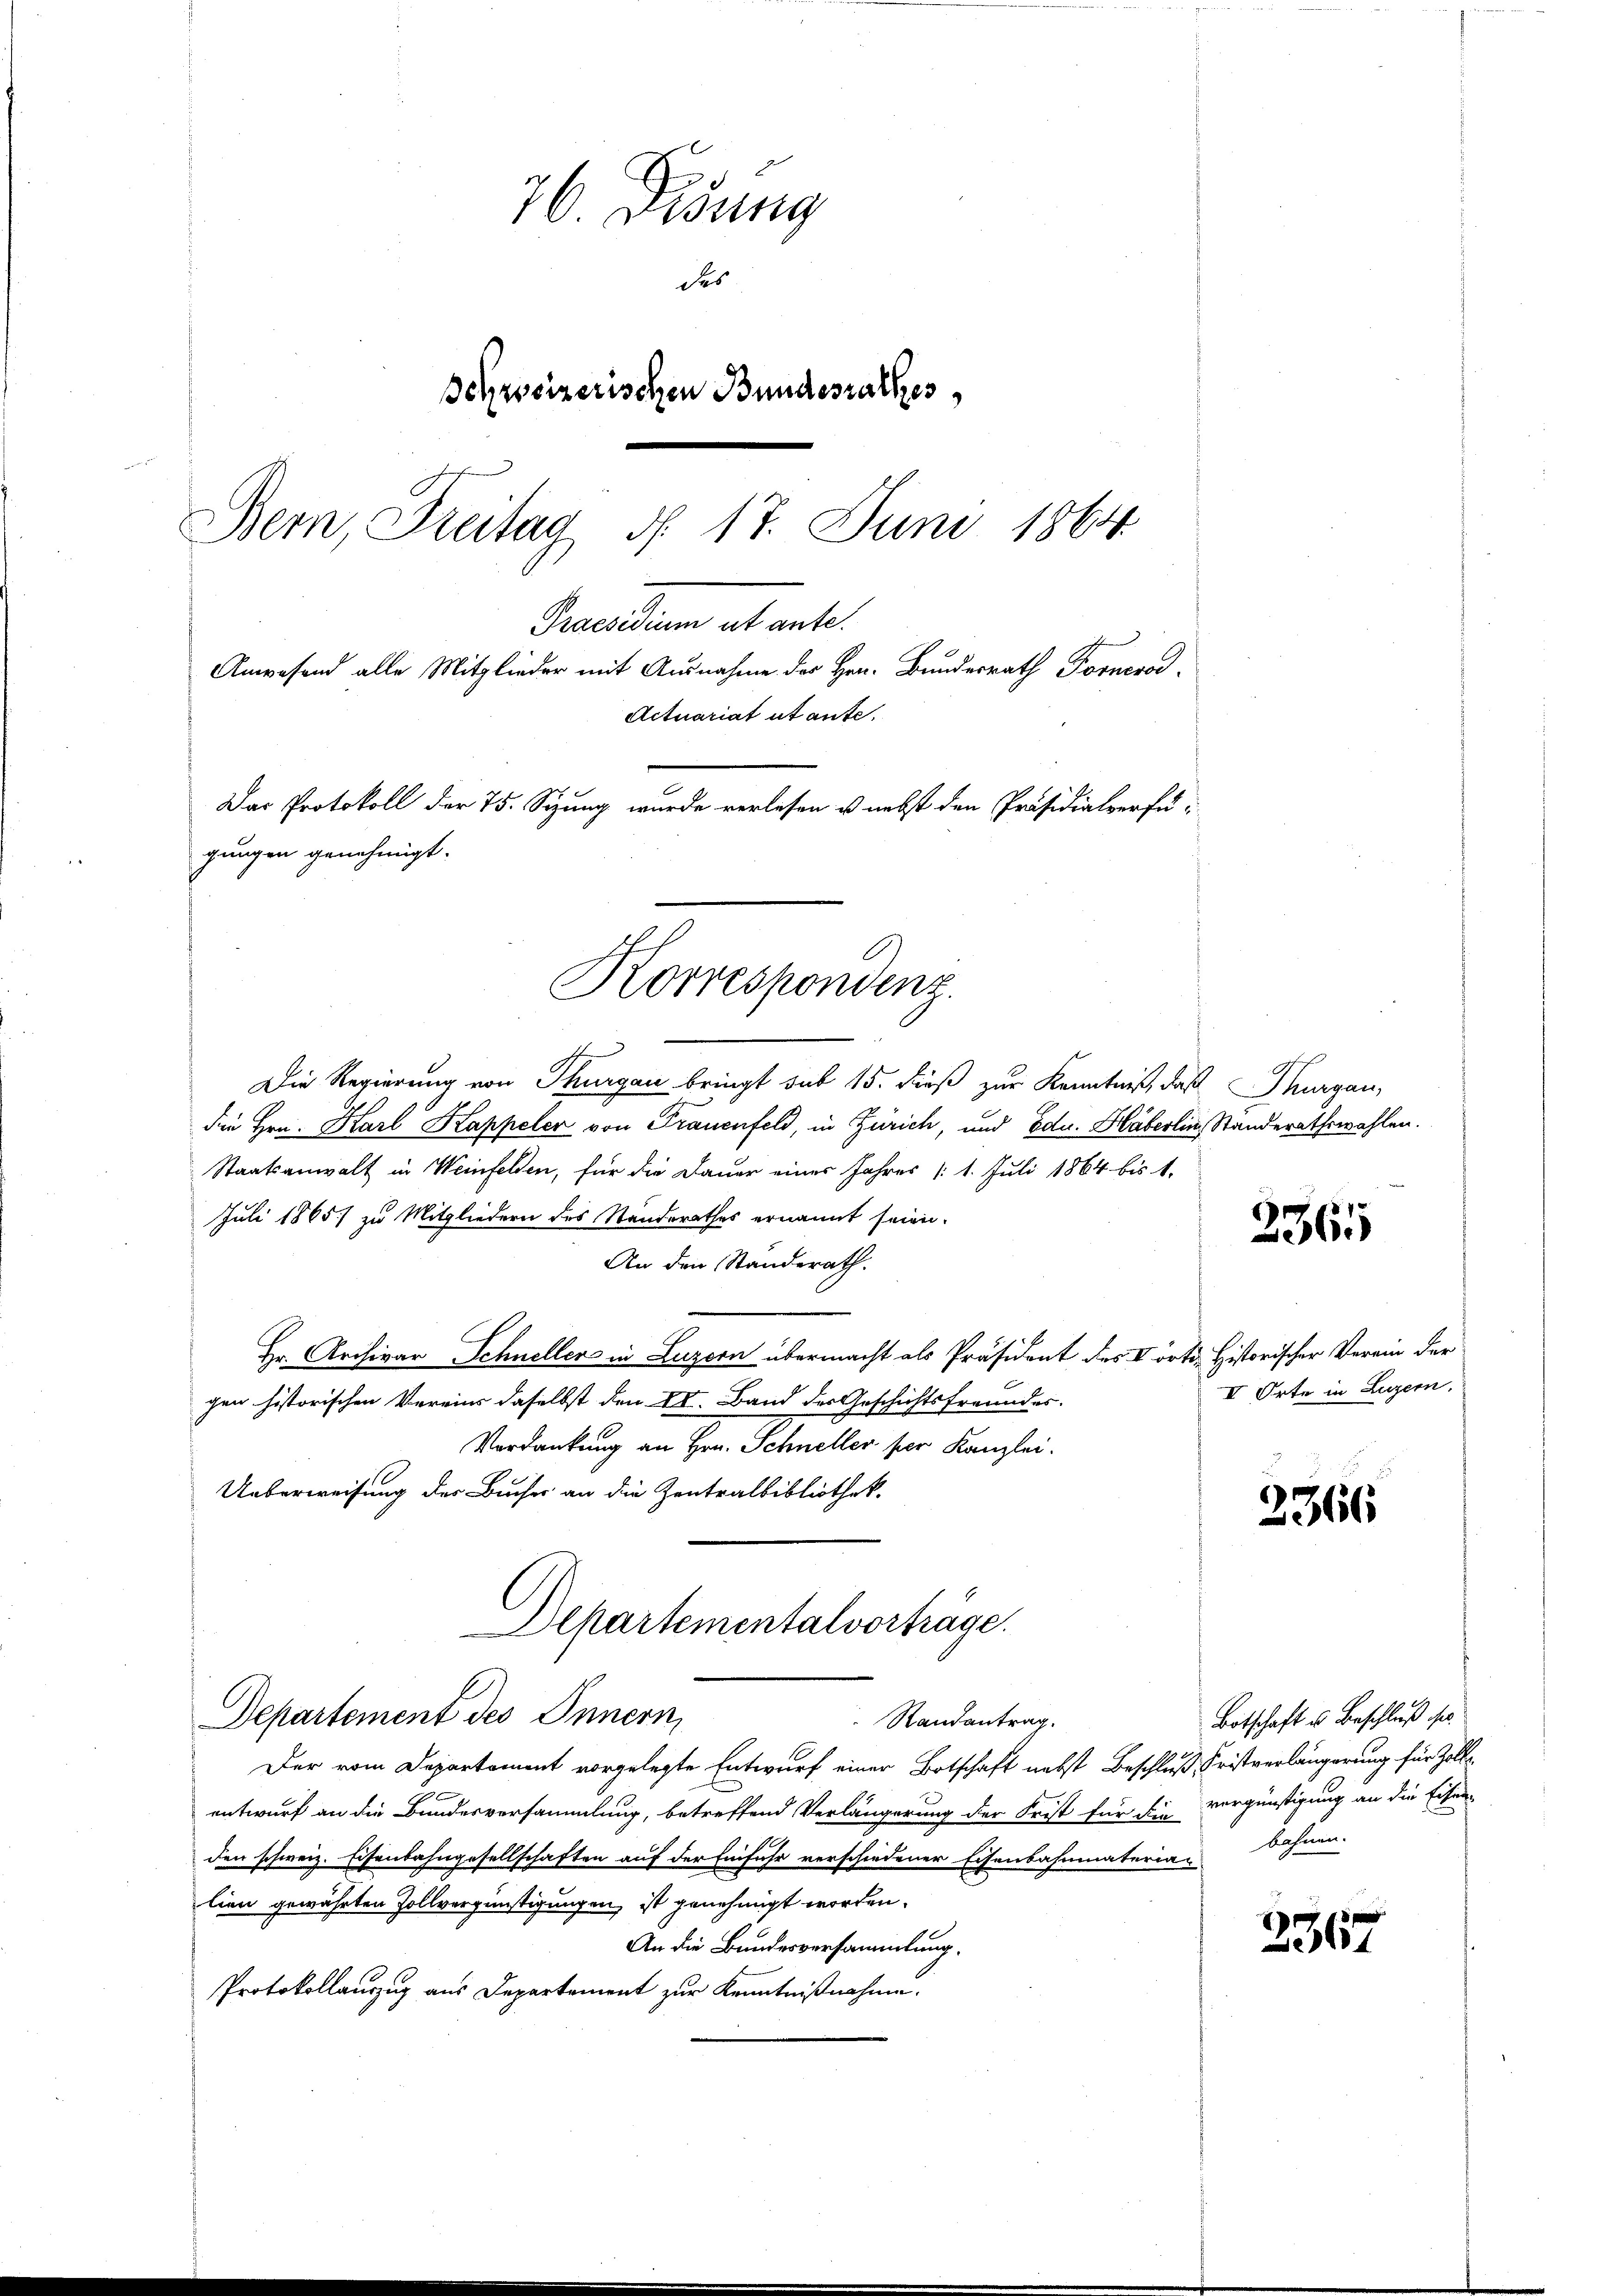
76 Disung
des
Schreizerischen Bundesrathes
Bern, Freitag d. 17. Juni 1864.
Praesidium et ante.
Anwesend alle Mitglieder mit Ausnahme der Hrn. Bundesrath Fornerod
Actuariat utante.
Das Protokoll der 75. Sizung wurde verlesen u. nebst den Präsidialverfügungen genehmigt.

Korrespondenz.

Departement des Innern,
Randantrag.

Die Regierung von Thurgau bringt sub 15. dieß zur Kenntniß, daß Thurgau,
die Hrn. Karl Kappeler von Frauenfeld, in Zürich, und Edu. Häberlin, Standerathswahlen.
Staatsanwalt in Weinfelden, für die Dauer eines Jahres (1. Juli 1864 bis 1.
Juli 1865) zu Mitgliedern des Standerathes ernannt seien.
An den Standerath.
Hr. Archivar Schnellen in Luzern übermacht als Präsident des V örte Historischer Verein der
gen historischen Vereins daselbst den II. Band der Geschichtsfreundes-
Verdankung an Hrn. Schneller ser Kanzlei.
Ueberweisung der Bucher an die Zentralbibliothek.
Departementalvorträge.

Der vom Departement vorgelegte Entwurf einer Botschaft nebst Beschluß Fristverlängerung für Zolle
entwurf an die Bundesversammlung, betreffend Verlängerung der Frist für die vergünstigung an die Eisen
den schweiz. Eisenbahngesellschaften auf der Einfuhr verschiedener Eisenbahnmateria-bahnen.
lien gewährten Zollvergünstigungen, ist genehmigt worden.
An die Bundesversammlung.
Protokollauszug aus Departement zur Kenntnißnahme.

2365

II Orte in Luzern.

2366

Botschaft u. Beschluß sie

2367